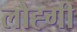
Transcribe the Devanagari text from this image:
लौह्गी